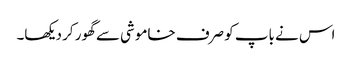
اس نے باپ کو صرف خاموشی سے گھور کر دیکھا۔